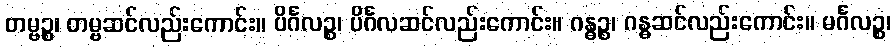
တမ္ဗဉ္စ၊ တမ္ဗဆင်လည်းကောင်း။ ပိင်္ဂလဉ္စ၊ ပိင်္ဂလဆင်လည်းကောင်း။ ဂန္ဓဉ္စ၊ ဂန္ဓဆင်လည်းကောင်း။ မင်္ဂလဉ္စ၊